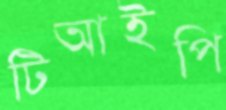
টিআইপি